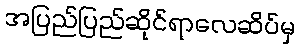
အပြည်ပြည်ဆိုင်ရာလေဆိပ်မှ